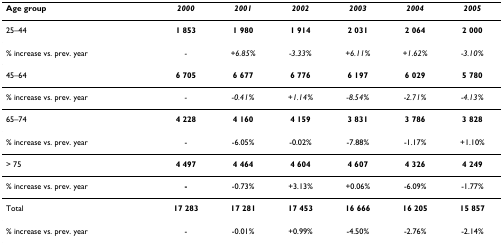
<table><thead><tr><td><b>Age group</b></td><td><b><i>2000</i></b></td><td><b><i>2001</i></b></td><td><b><i>2002</i></b></td><td><b><i>2003</i></b></td><td><b><i>2004</i></b></td><td><b><i>2005</i></b></td></tr></thead><tbody><tr><td>25–44</td><td><b>1 853</b></td><td><b>1 980</b></td><td><b>1 914</b></td><td><b>2 031</b></td><td><b>2 064</b></td><td><b>2 000</b></td></tr><tr><td>% increase vs. prev. year</td><td><i>-</i></td><td><i>+6.85%</i></td><td><i>-3.33%</i></td><td><i>+6.11%</i></td><td><i>+1.62%</i></td><td><i>-3.10%</i></td></tr><tr><td>45–64</td><td><b>6 705</b></td><td><b>6 677</b></td><td><b>6 776</b></td><td><b>6 197</b></td><td><b>6 029</b></td><td><b>5 780</b></td></tr><tr><td>% increase vs. prev. year</td><td><i>-</i></td><td><i>-0.41%</i></td><td><i>+1.14%</i></td><td><i>-8.54%</i></td><td><i>-2.71%</i></td><td><i>-4.13%</i></td></tr><tr><td>65–74</td><td><b>4 228</b></td><td><b>4 160</b></td><td><b>4 159</b></td><td><b>3 831</b></td><td><b>3 786</b></td><td><b>3 828</b></td></tr><tr><td>% increase vs. prev. year</td><td>-</td><td>-6.05%</td><td>-0.02%</td><td>-7.88%</td><td>-1.17%</td><td>+1.10%</td></tr><tr><td>&gt; 75</td><td><b>4 497</b></td><td><b>4 464</b></td><td><b>4 604</b></td><td><b>4 607</b></td><td><b>4 326</b></td><td><b>4 249</b></td></tr><tr><td>% increase vs. prev. year</td><td><b>-</b></td><td>-0.73%</td><td>+3.13%</td><td>+0.06%</td><td>-6.09%</td><td>-1.77%</td></tr><tr><td>Total</td><td><b>17 283</b></td><td><b>17 281</b></td><td><b>17 453</b></td><td><b>16 666</b></td><td><b>16 205</b></td><td><b>15 857</b></td></tr><tr><td>% increase vs. prev. year</td><td>-</td><td>-0.01%</td><td>+0.99%</td><td>-4.50%</td><td>-2.76%</td><td>-2.14%</td></tr></tbody></table>